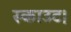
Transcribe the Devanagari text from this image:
स्काउट।